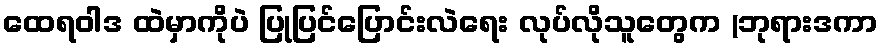
ထေရဝါဒ ထဲမှာကိုပဲ ပြုပြင်ပြောင်းလဲရေး လုပ်လိုသူတွေက (ဘုရားဒကာ